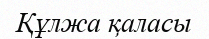
Құлжа қаласы